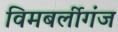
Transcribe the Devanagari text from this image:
विमबर्लीगंज